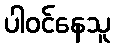
ပါဝင်နေသူ